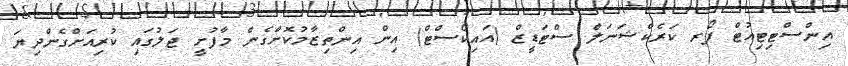
އިންސްޓިޓިއުޓް ފޯރ ކަރެކްޝަނަލް ސްޓަޑީޒް (އައިކޯސްޓް) އިން އިންތިޒާމުކޮށްގެން މާފުށީ ޖަލުގައި ކުރިއަށްގެންދިޔަ